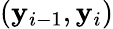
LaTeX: (\mathbf{y}_{i-1},\mathbf{y}_{i})